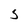
Character: 5